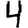
Digit: 4